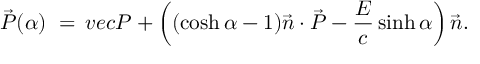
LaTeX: \vec { \cal { P } } ( \alpha ) \ = \, v e c { \cal { P } } + \left( ( \cosh \alpha - 1 ) \vec { n } \cdot \vec { \cal { P } } - \frac { \cal { E } } { c } \sinh \alpha \right) \vec { n } .